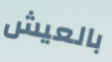
بالعيش